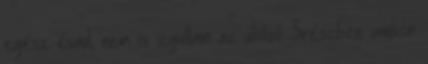
egész évad, nem is izgultam az utolsó 3részben amikor